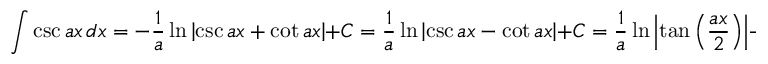
\int \csc { a x } \, d x = - { \frac { 1 } { a } } \ln { \left| \csc { a x } + \cot { a x } \right| } + C = { \frac { 1 } { a } } \ln { \left| \csc { a x } - \cot { a x } \right| } + C = { \frac { 1 } { a } } \ln { \left| \tan { \left( { \frac { a x } { 2 } } \right) } \right| } + C